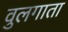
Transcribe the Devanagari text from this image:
वुलगाता